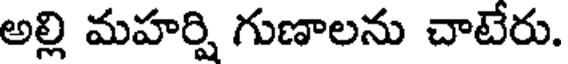
అల్లి మహర్షి గుణాలను చాటేరు.